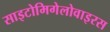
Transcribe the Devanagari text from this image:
साइटोमिगेलोवाइरस